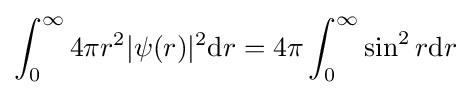
\int _{0}^{\infty }4\pi r^{2}|\psi (r)|^{2}{\text{d}}r=4\pi \int _{0}^{\infty }\sin ^{2}r{\text{d}}r